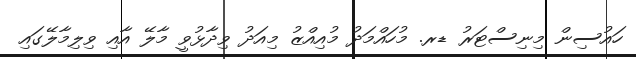
ހައުސިން މިނިސްޓަރު ޑރ. މުހައްމަދު މުއިއްޒު މިއަދު ވިދާޅުވީ މާލޭ އާއި ވިލިމާލޭގައި